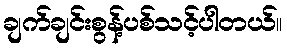
ချက်ချင်းစွန့်ပစ်သင့်ပါတယ်။